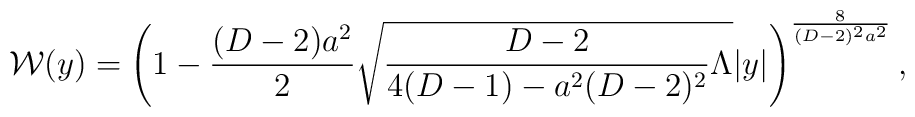
{\cal W}(y)=\left(1-{{(D-2)a^2}\over 2}\sqrt{{{D-2}\over{4(D-1)-a^2(D-2)^2}}\Lambda}|y|\right)^{8\over{(D-2)^2a^2}},